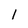
Character: 1